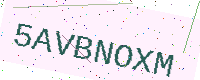
Text: 5AVBNOXM